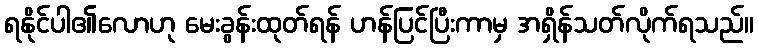
ရနိုင်ပါ၏လောဟု မေးခွန်းထုတ်ရန် ဟန်ပြင်ပြီးကာမှ အရှိန်သတ်လိုက်ရသည်။